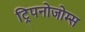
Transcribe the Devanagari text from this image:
ट्रिपनोजोम्स